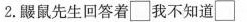
2.鼹鼠先生回答着\Box我不知道\Box